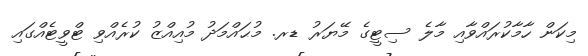
މިކަން ހާމާކުރައްވާއި މާލެ ސިޓީގެ މޭޔަރު ޑރ. މުޙައްމަދު މުއިއްޒު ކުރެއްވި ޓްވީޓެއްގައި